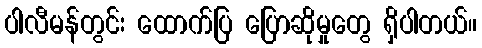
ပါလီမန်တွင်း ထောက်ပြ ပြောဆိုမှုတွေ ရှိပါတယ်။